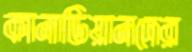
কানাডিয়ানদের